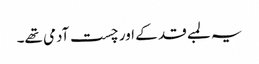
یہ لمبے قد کے اور چست آدمی تھے۔